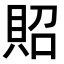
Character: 𧵓